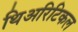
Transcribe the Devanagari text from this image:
थिअरिटिकल